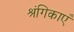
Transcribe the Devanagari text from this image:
श्रंगिकाएँ